Leaving Certificate Examination (including Day School Certificate (Higher) General paper), 1930
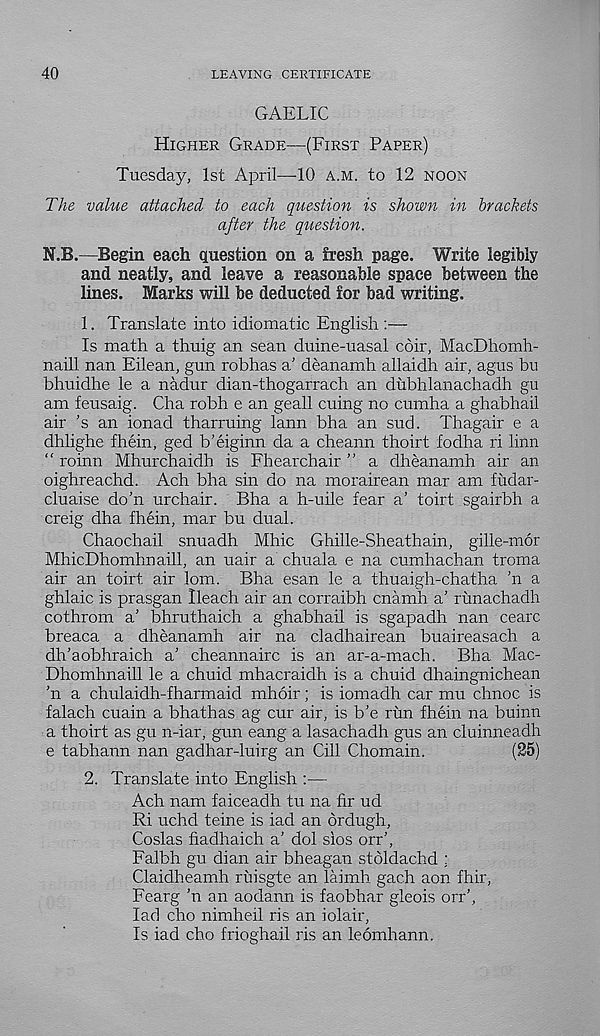
40
LEAVING CERTIFICATE
GAELIC
Higher Grade—(First Paper)
Tuesday, 1st April—-10 a.m. to 12 noon
The value attached to each question is shown in brackets
after the question.
N.B.—Begin each question on a fresh page. Write legibly
and neatly, and leave a reasonable space between the
lines. Marks will be deducted for bad writing.
1. Translate into idiomatic English :—
Is math a thuig an sean duine-uasal coir, MacDhomh-
naill nan Eilean, gun robhas a’ deanamh allaidh air, agus bu
bhuidhe le a nadur dian-thogarrach an dubhlanachadh gu
am feusaig. Cha robh e an geall cuing no cumha a ghabhail
air 's an ionad tharruing lann bha an sud. Thagair e a
dhlighe fhein, ged b’eiginn da a cheann thoirt fodha ri linn
“ roinn Mhurchaidh is Fhearchair ” a dheanamh air an
oighreachd. Ach bha sin do na morairean mar am fudar-
cluaise do’n urchair. Bha a h-uile fear a’ toirt sgairbh a
creig dha fhein, mar bu dual.
Chaochail snuadh Mhic Ghille-Sheathain, gille-mor
MhicDhomhnaill, an uair a chuala e na cumhachan troma
air an toirt air lorn. Bha esan le a thuaigh-chatha 'n a
ghlaic is prasgan Ileach air an corraibh cnamh a’ runachadh
cothrom a’ bhruthaich a ghabhail is sgapadh nan cearc
breaca a dheanamh air na cladhairean buaireasach a
dh’aobhraich a’ cheannairc is an ar-a-mach. Bha Mac-
Dhomhnaill le a chuid mhacraidh is a chuid dhaingnichean
’n a chulaidh-fharmaid mhoir; is iomadh car mu chnoc is
falach cuain a bhathas ag cur air, is b’e rim fhein na buinn
a thoirt as gu n-iar, gun eang a lasachadh gus an cluinneadh
e tabhann nan gadhar-luirg an Cill Chomain.
(25)
2. Translate into English :—
Ach nam faiceadh tu na fir ud
Ri uchd teine is iad an ordugh,
Coslas fiadhaich a’ dol sios orr’,
Falbh gu dian air bheagan stoldachd ;
Claidheamh riiisgte an laimh gach aon fhir,
Fearg ’n an aodann is faobhar gleois orr’,
lad cho nimheil ris an iolair,
Is iad cho frioghail ris an leomhann.